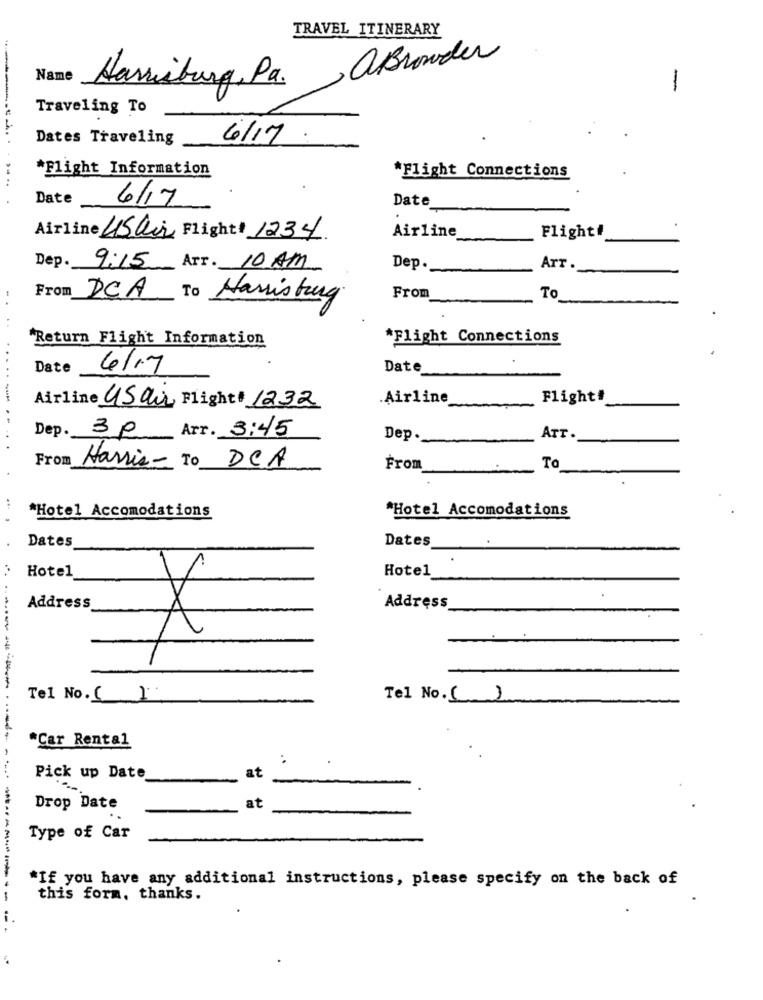
TRAVEL ITINERARY
aBrowder
Name
Harrisburg, Pa.
-
Traveling To
Dates Traveling
6/17
*Flight Information
*Flight Connections
Date
6/17
Date
Airline
.
Airline USair Flight* 1234
Flight#
Dep.
9:15 Art. 10 AM
Dep.
Arr.
From
- .
DCA To Harrisburg
From
To
"Return Flight Information
*Flight Connections
Date
4/17
Date
....
-
.Airline
Flight#
Airline USair Flight* 1232
Arr. 3:45
Dep. 30
Dep ._
-
ATT.
From
Harris-
DCA
From
To
*Hotel Accomodations
*Hotel Accomodations
Dates
Dates
Hotel
Hotel
Address
Address
::
X
Tel No. ( )
Tel No.( )
*Car Rental
at
Pick up Date
at
Drop Date
Type of Car
*If you have any additional instructions, please specify on the back of
this form, thanks.